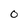
Character: O